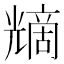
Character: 𠒿